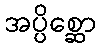
အပ္ပိစ္ဆော